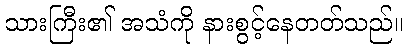
သားကြီး၏ အသံကို နားစွင့်နေတတ်သည်။